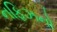
નફિઝનો